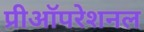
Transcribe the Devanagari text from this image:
प्रीऑपरेशनल